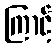
ကြာင့်